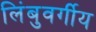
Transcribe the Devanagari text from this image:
लिंबुवर्गीय